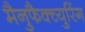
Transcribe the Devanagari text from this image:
मैनुफैक्च्युरिंग